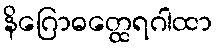
နိဂြောဓတ္ထေရဂါထာ